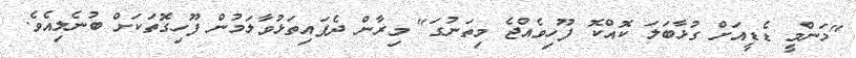
"މަންމީ ޑެޑީއަށް ގުޅާބަލަ ކޮއްކޮ ފޫހިވެއްޖެ މިތަނުގަ" މިރާން ދެފައިތަޅުވާލަމުން ފޫހިގޮތަކަށް ބުނެލިއެވެ.